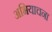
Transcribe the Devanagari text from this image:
अभियाचना